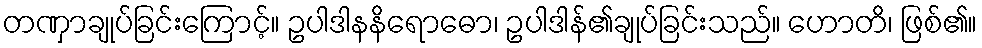
တဏှာချုပ်ခြင်းကြောင့်။ ဥပါဒါနနိရောဓော၊ ဥပါဒါန်၏ချုပ်ခြင်းသည်။ ဟောတိ၊ ဖြစ်၏။